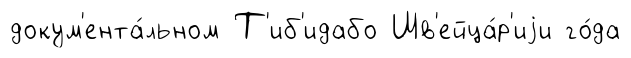
докум'ента́льном Т'иб'идабо Шв'ейца́р'иjи го́да